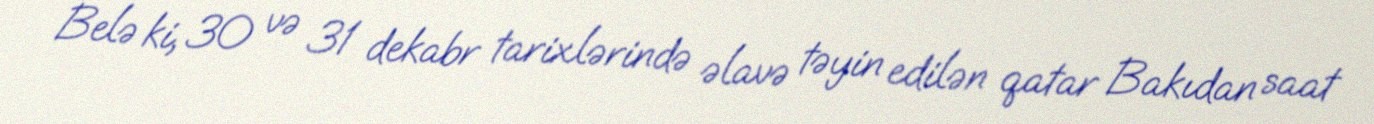
Belə ki, 30 və 31 dekabr tarixlərində əlavə təyin edilən qatar Bakıdan saat